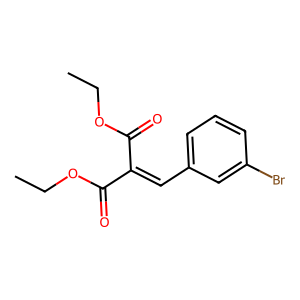
SMILES: CCOC(=O)C(=Cc1cccc(Br)c1)C(=O)OCC
Inhibits HIV replication: No